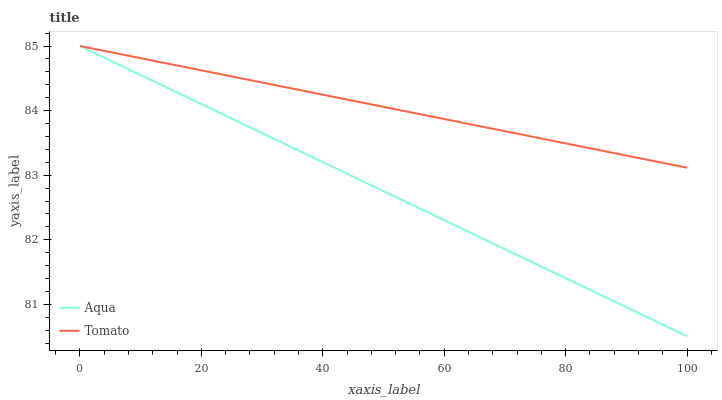
| xaxis_label | Aqua | Tomato |
 | --- | --- | --- |
 | 0 | 85 | 85 |
 | 8.33 | 84.6 | 84.8 |
 | 16.7 | 84.3 | 84.7 |
 | 25 | 83.9 | 84.5 |
 | 33.3 | 83.5 | 84.4 |
 | 41.7 | 83.1 | 84.2 |
 | 50 | 82.8 | 84.1 |
 | 58.3 | 82.4 | 83.9 |
 | 66.7 | 82 | 83.7 |
 | 75 | 81.6 | 83.6 |
 | 83.3 | 81.3 | 83.4 |
 | 91.7 | 80.9 | 83.3 |
 | 100 | 80.5 | 83.1 |